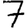
Digit: 7